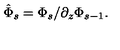
\hat { \Phi } _ { s } = \Phi _ { s } / \partial _ { z } \Phi _ { s - 1 } .